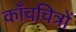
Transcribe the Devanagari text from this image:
काँचचित्रों